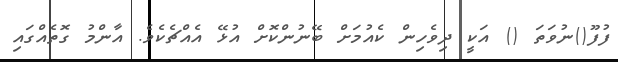
ފުފޫ()ނުވަތަ () އަކީ ދިވެހިން ކެއުމަށް ބޭނުންކޮށް އުޅޭ އެއްޗެކެވެ. އާންމު ގޮތެއްގައި